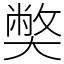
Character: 𡚁